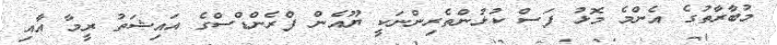
މުބާރާތުގެ އެންމެ މޮޅު ފަސް ކުޅުންތެރިންނަކީ ޔޫއެން ފްރެންޑްސްގެ އައިޝަތު ރީމާ އާއި